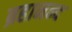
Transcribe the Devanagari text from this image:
ब्रहानन्द